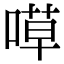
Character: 𠹊